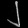
Digit: ၂